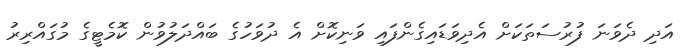
އަދި ދެވަނަ ފުރުސަތަކަށް އެދިވަޑައިގެންފައި ވަނިކޮށް އެ ދުވަހުގެ ބައްދަލުވުން ކޮމެޓީގެ މުގައްރިރު